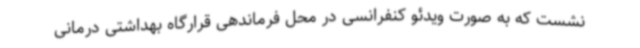
نشست که به صورت ویدئو کنفرانسی در محل فرماندهی قرارگاه بهداشتی درمانی